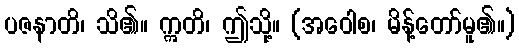
ပဇနာတိ၊ သိ၏။ ဣတိ၊ ဤသို့။ (အဝေါစ၊ မိန့်တော်မူ၏။)